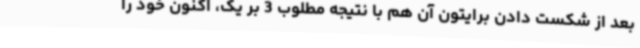
بعد از شکست دادن برایتون آن هم با نتیجه مطلوب 3 بر یک، اکنون خود را